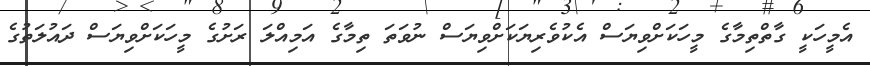
އެމީހަކީ ގާތްތިމާގެ މީހަކަށްވިޔަސް އެކުވެރިޔަކަށްވިޔަސް ނުވަތަ ތިމާގެ އަމިއްލަ ރަށުގެ މީހަކަށްވިޔަސް ދައުލަތުގެ